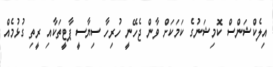
އިލެކްޝަންސް ކޮމިޝަނުގެ ކަމަކަށް ވާން ޖެހޭނީ ހުރިހާ ސިޔާސީ ޕާޓީތަކާއި ރީތި ގުޅުމެއް